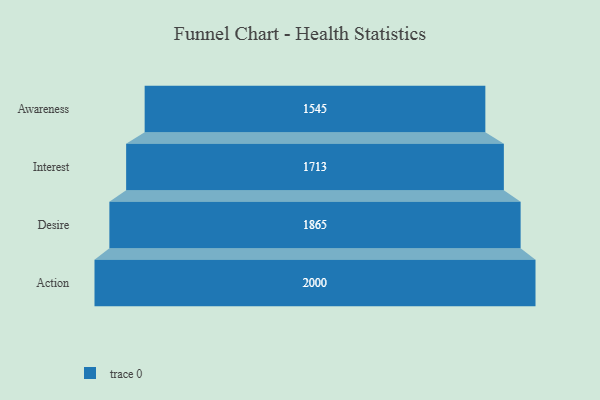
{"axis": {"x": "Stage", "y": "Value"}, "legend": [""], "data": [{"x": "Awareness", "y": 1545.0, "type": ""}, {"x": "Interest", "y": 1713.0, "type": ""}, {"x": "Desire", "y": 1865.0, "type": ""}, {"x": "Action", "y": 2000, "type": ""}]}